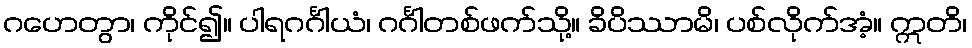
ဂဟေတွာ၊ ကိုင်၍။ ပါရဂင်္ဂါယံ၊ ဂင်္ဂါတစ်ဖက်သို့။ ခိပိဿာမိ၊ ပစ်လိုက်အံ့။ ဣတိ၊